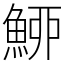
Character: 䱖